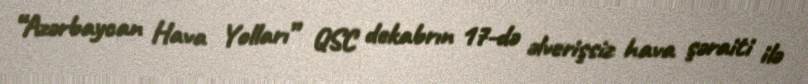
“Azərbaycan Hava Yolları” QSC dekabrın 17-də əlverişsiz hava şəraiti ilə